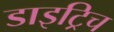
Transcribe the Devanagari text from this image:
डाइट्रिच